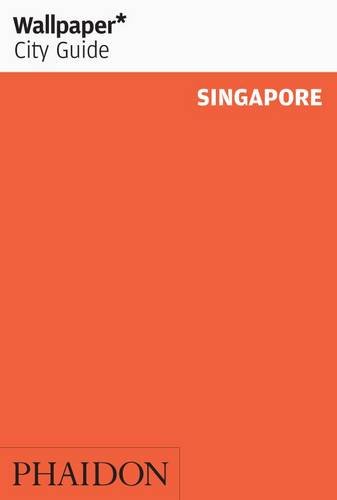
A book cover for Wallpaper City Guide: Singapore; Editors of Wallpaper Magazine; Travel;